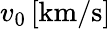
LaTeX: v_{0}\, [\mathrm{km}/\mathrm{s}]